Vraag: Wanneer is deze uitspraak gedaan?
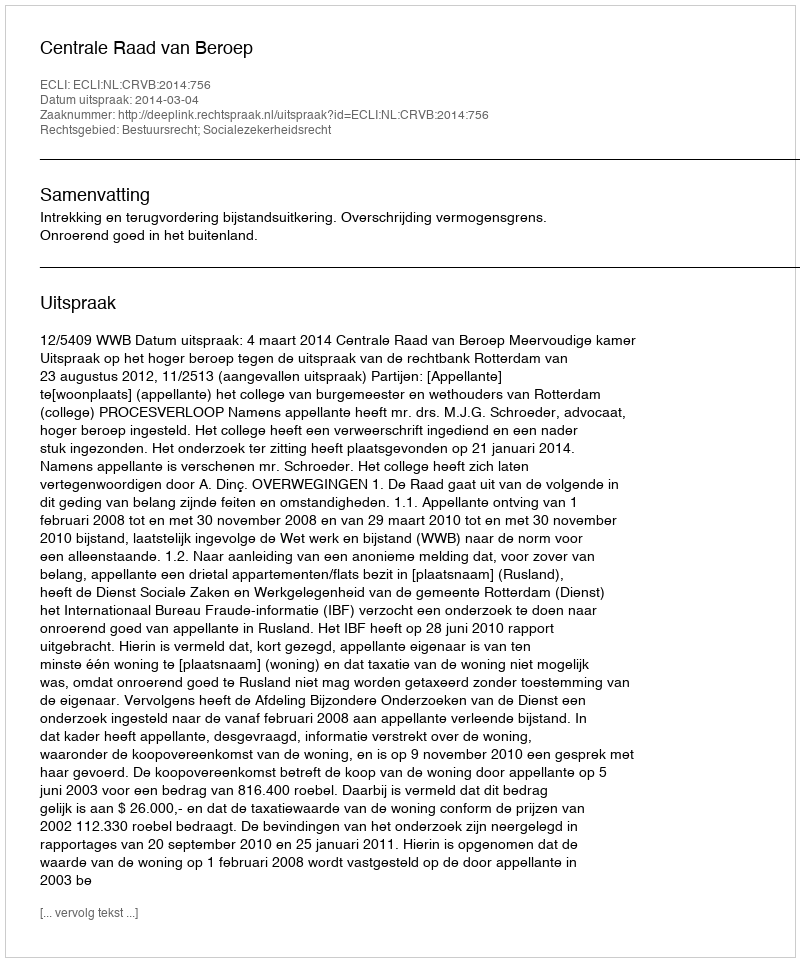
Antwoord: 2014-03-04